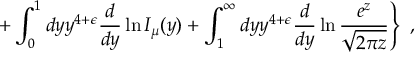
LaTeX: \left. + \int _ { 0 } ^ { 1 } d y y ^ { 4 + \epsilon } { \frac { d } { d y } } \ln I _ { \mu } ( y ) + \int _ { 1 } ^ { \infty } d y y ^ { 4 + \epsilon } { \frac { d } { d y } } \ln { \frac { e ^ { z } } { \sqrt { 2 \pi z } } } \right\} ~ ,